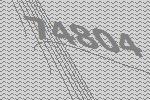
74804